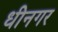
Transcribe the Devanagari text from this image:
धीनगर